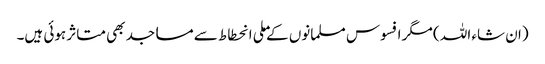
(ان شاء اللہ ) مگر افسوس مسلمانوں کےملی انحطاط سے مساجد بھی متاثر ہوئی ہیں۔